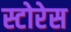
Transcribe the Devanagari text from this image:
स्टोरेस